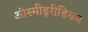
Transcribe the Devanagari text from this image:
ऑस्मीइरीडियम